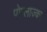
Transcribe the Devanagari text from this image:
पोम्लाज्का